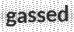
gassed